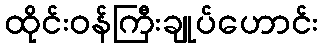
ထိုင်းဝန်ကြီးချုပ်ဟောင်း